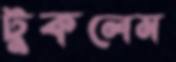
টুকলেম